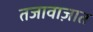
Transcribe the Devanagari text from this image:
तजावाज़ात